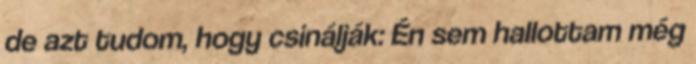
de azt tudom, hogy csinálják: Én sem hallottam még